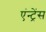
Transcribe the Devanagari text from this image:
एंन्ट्रेंस